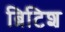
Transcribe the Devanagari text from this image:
ब्रिटिश